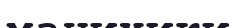
манихики